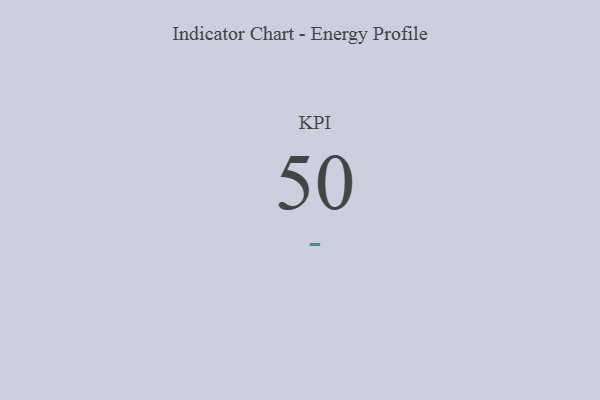
{"axis": {"x": "KPI", "y": "Value"}, "legend": [""], "data": [{"x": "KPI", "y": 50, "type": ""}]}